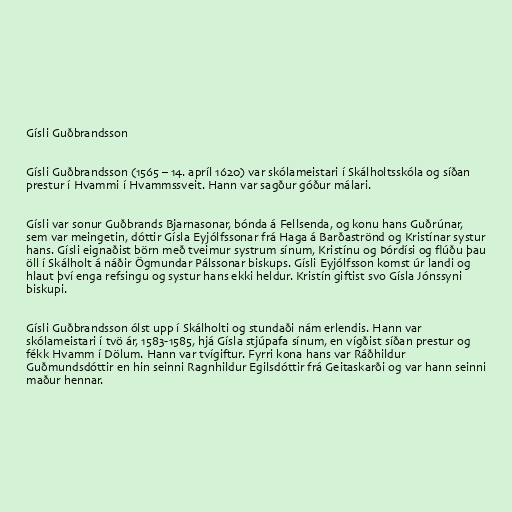
Gísli Guðbrandsson

Gísli Guðbrandsson (1565 – 14. apríl 1620) var skólameistari í Skálholtsskóla og síðan
prestur í Hvammi í Hvammssveit. Hann var sagður góður málari.

Gísli var sonur Guðbrands Bjarnasonar, bónda á Fellsenda, og konu hans Guðrúnar,
sem var meingetin, dóttir Gísla Eyjólfssonar frá Haga á Barðaströnd og Kristínar systur
hans. Gísli eignaðist börn með tveimur systrum sínum, Kristínu og Þórdísi og flúðu þau
öll í Skálholt á náðir Ögmundar Pálssonar biskups. Gísli Eyjólfsson komst úr landi og
hlaut því enga refsingu og systur hans ekki heldur. Kristín giftist svo Gísla Jónssyni
biskupi.

Gísli Guðbrandsson ólst upp í Skálholti og stundaði nám erlendis. Hann var
skólameistari í tvö ár, 1583-1585, hjá Gísla stjúpafa sínum, en vígðist síðan prestur og
fékk Hvamm í Dölum. Hann var tvígiftur. Fyrri kona hans var Ráðhildur
Guðmundsdóttir en hin seinni Ragnhildur Egilsdóttir frá Geitaskarði og var hann seinni
maður hennar.